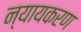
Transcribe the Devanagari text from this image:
न्यायकरण